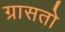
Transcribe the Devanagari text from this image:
ग्रासतो